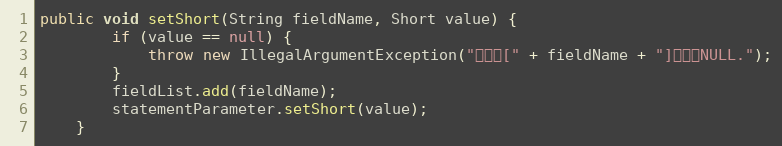
Language: Java
public void setShort(String fieldName, Short value) {
		if (value == null) {
			throw new IllegalArgumentException("参数值[" + fieldName + "]不能为NULL.");
		}
		fieldList.add(fieldName);
		statementParameter.setShort(value);
	}